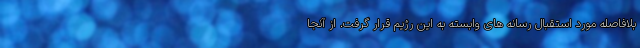
بلافاصله مورد استقبال رسانه های وابسته به این رژیم قرار گرفت. از آنجا